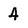
Character: 4